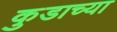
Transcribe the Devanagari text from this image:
कुडाच्या